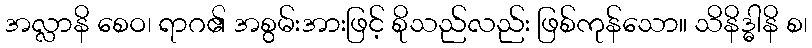
အလ္လာနိ စေဝ၊ ရာဂ၏ အစွမ်းအားဖြင့် စိုသည်လည်း ဖြစ်ကုန်သော။ သိနိဒ္ဓါနိ စ၊